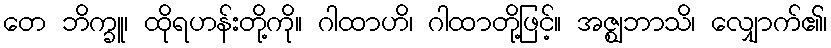
တေ ဘိက္ခူ၊ ထိုရဟန်းတို့ကို။ ဂါထာဟိ၊ ဂါထာတို့ဖြင့်။ အဇ္ဈဘာသိ၊ လျှောက်၏၊